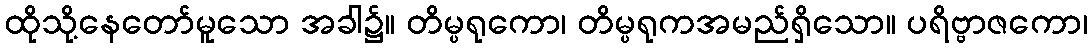
ထိုသို့နေတော်မူသော အခါ၌။ တိမ္ပရုကော၊ တိမ္ပရုကအမည်ရှိသော။ ပရိဗ္ဗာဇကော၊